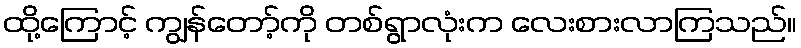
ထို့ကြောင့် ကျွန်တော့်ကို တစ်ရွာလုံးက လေးစားလာကြသည်။